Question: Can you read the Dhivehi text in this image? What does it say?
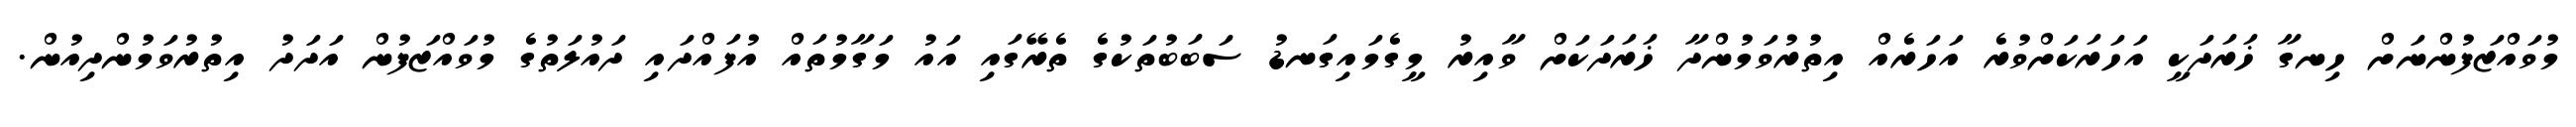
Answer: މުވައްޒަފުންނަށް ހިނގާ ޚަރަދަކީ އަހަރަކަށްވުރެ އަހަރެއް އިތުރުވަމުންދާ ޚަރަދަކަށް ވާއިރު މީގެމައިގަނޑު ސަބަބުތަކުގެ ތެރޭގައި އައު މަގާމުތައް އުފައްދައި ދައުލަތުގެ މުވައްޒަފުން އަދަދު އިތުރުވަމުންދިއުން.